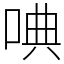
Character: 唺